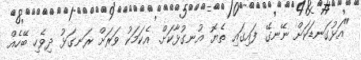
"އަޅުގަނޑަކަށް ނޭނގޭ ފައިގައި ތެޔޮ އުނގުޅާކަށް. އެކަމަކު ވަރަށް ރަނގަޅު ދިވެހި ބޭހެއް